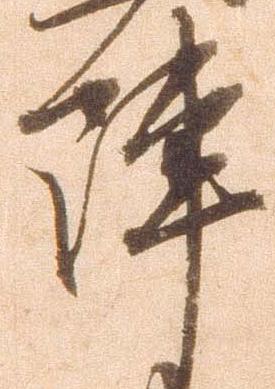
陣